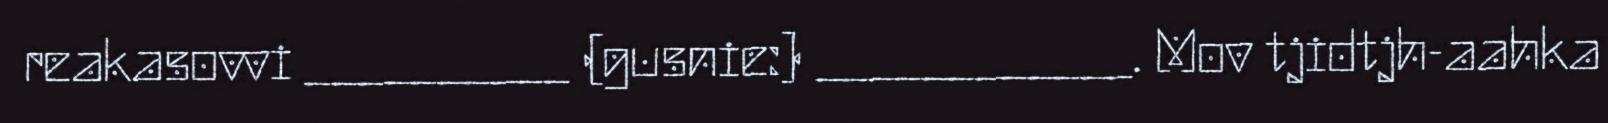
reakasovvi __________ (gusnie:) ____________. Mov tjidtjh-aahka